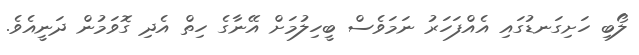
ލޯބި ހަށިގަނޑުގައި އެއްފަހަރު ނަމަވެސް ބީހިލުމަށް އޭނާގެ ހިތް އެދި ގޮވަމުން ދަނީއެވެ.